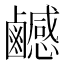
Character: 𪊄